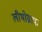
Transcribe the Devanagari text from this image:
लीथोग्राफ